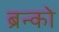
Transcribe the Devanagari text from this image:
ब्रन्को